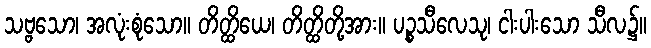
သဗ္ဗသော၊ အလုံးစုံသော။ တိတ္ထိယေ၊ တိတ္ထိတို့အား။ ပဉ္စသီလေသု၊ ငါးပါးသော သီလ၌။